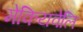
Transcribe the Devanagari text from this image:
मेकियवेलि